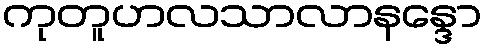
ကုတူဟလသာလာနန္ဒော